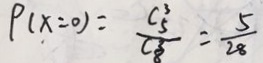
P ( x = 0 ) = \frac { C _ { 5 } ^ { 3 } } { C ^ { 2 } _ { 8 } } = \frac { 5 } { 2 8 }